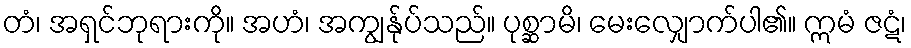
တံ၊ အရှင်ဘုရားကို။ အဟံ၊ အကျွန်ုပ်သည်။ ပုစ္ဆာမိ၊ မေးလျှောက်ပါ၏။ ဣမံ ဇဋံ၊